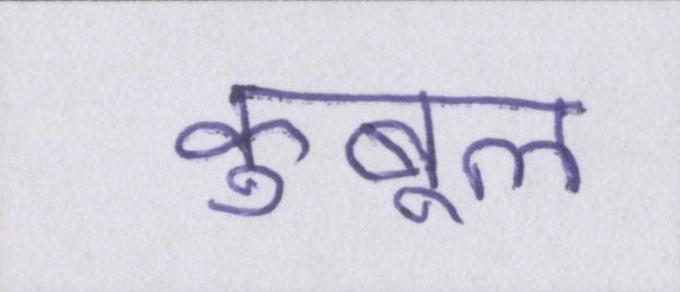
कुबूल